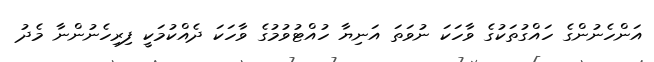
އަންހެނުންގެ ހައްގުތަކުގެ ވާހަކަ ނުވަތަ އަނިޔާ ހުއްޓުވުމުގެ ވާހަކަ ދެއްކުމަކީ ފިރިހެނުންނާ މެދު